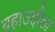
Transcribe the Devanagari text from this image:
बहाउद्दौला